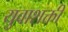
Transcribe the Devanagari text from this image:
युवाशक्ती